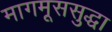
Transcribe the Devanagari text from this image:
मागमूससुद्धा